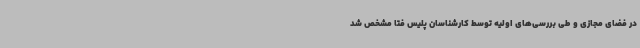
در فضای مجازی و طی بررسی‌های اولیه توسط کارشناسان پلیس فتا مشخص شد